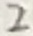
Text: 2